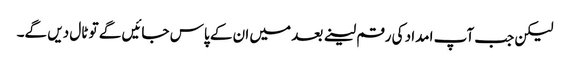
لیکن جب آپ امداد کی رقم لینے بعد میں ان کے پاس جائیں گے تو ٹال دیں گے۔